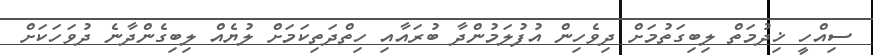
ސިއްހީ ޚިދުމަތް ލިބިގަތުމަށް ދިވެހިން އުފުލަމުންދާ ބުރައާއި ހިތްދަތިކަމަށް ލުޔެއް ލިބިގެންދާނެ ދުވަހަކަށް